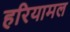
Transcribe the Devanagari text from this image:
हरियामल